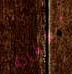
بكفالة